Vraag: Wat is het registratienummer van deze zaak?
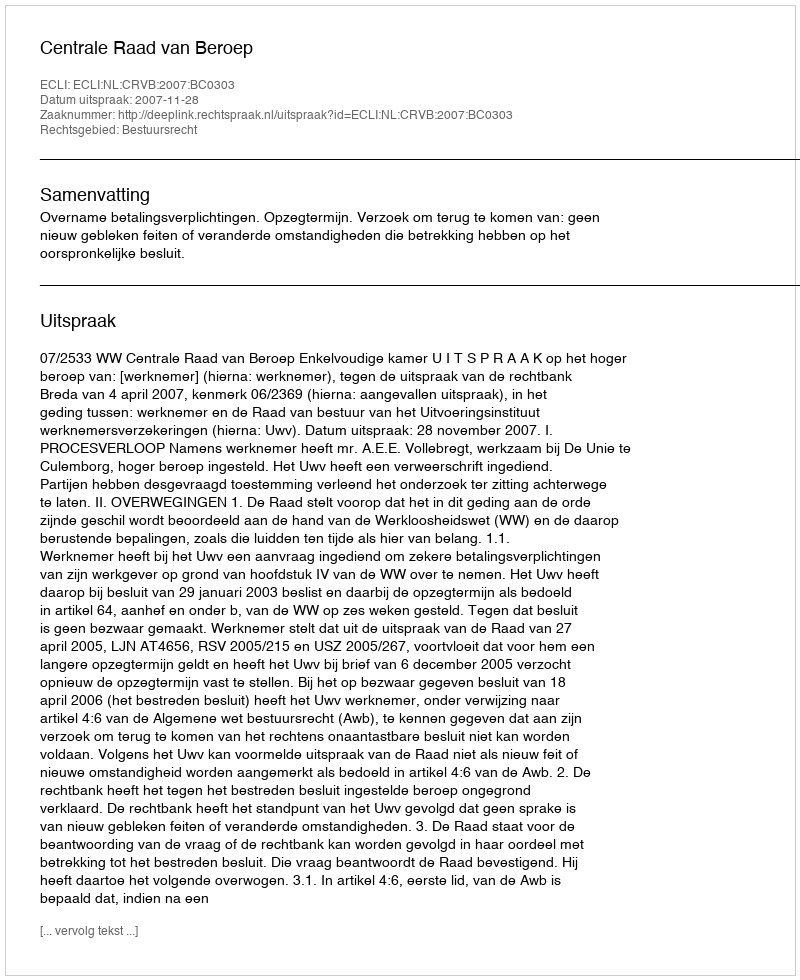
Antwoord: http://deeplink.rechtspraak.nl/uitspraak?id=ECLI:NL:CRVB:2007:BC0303